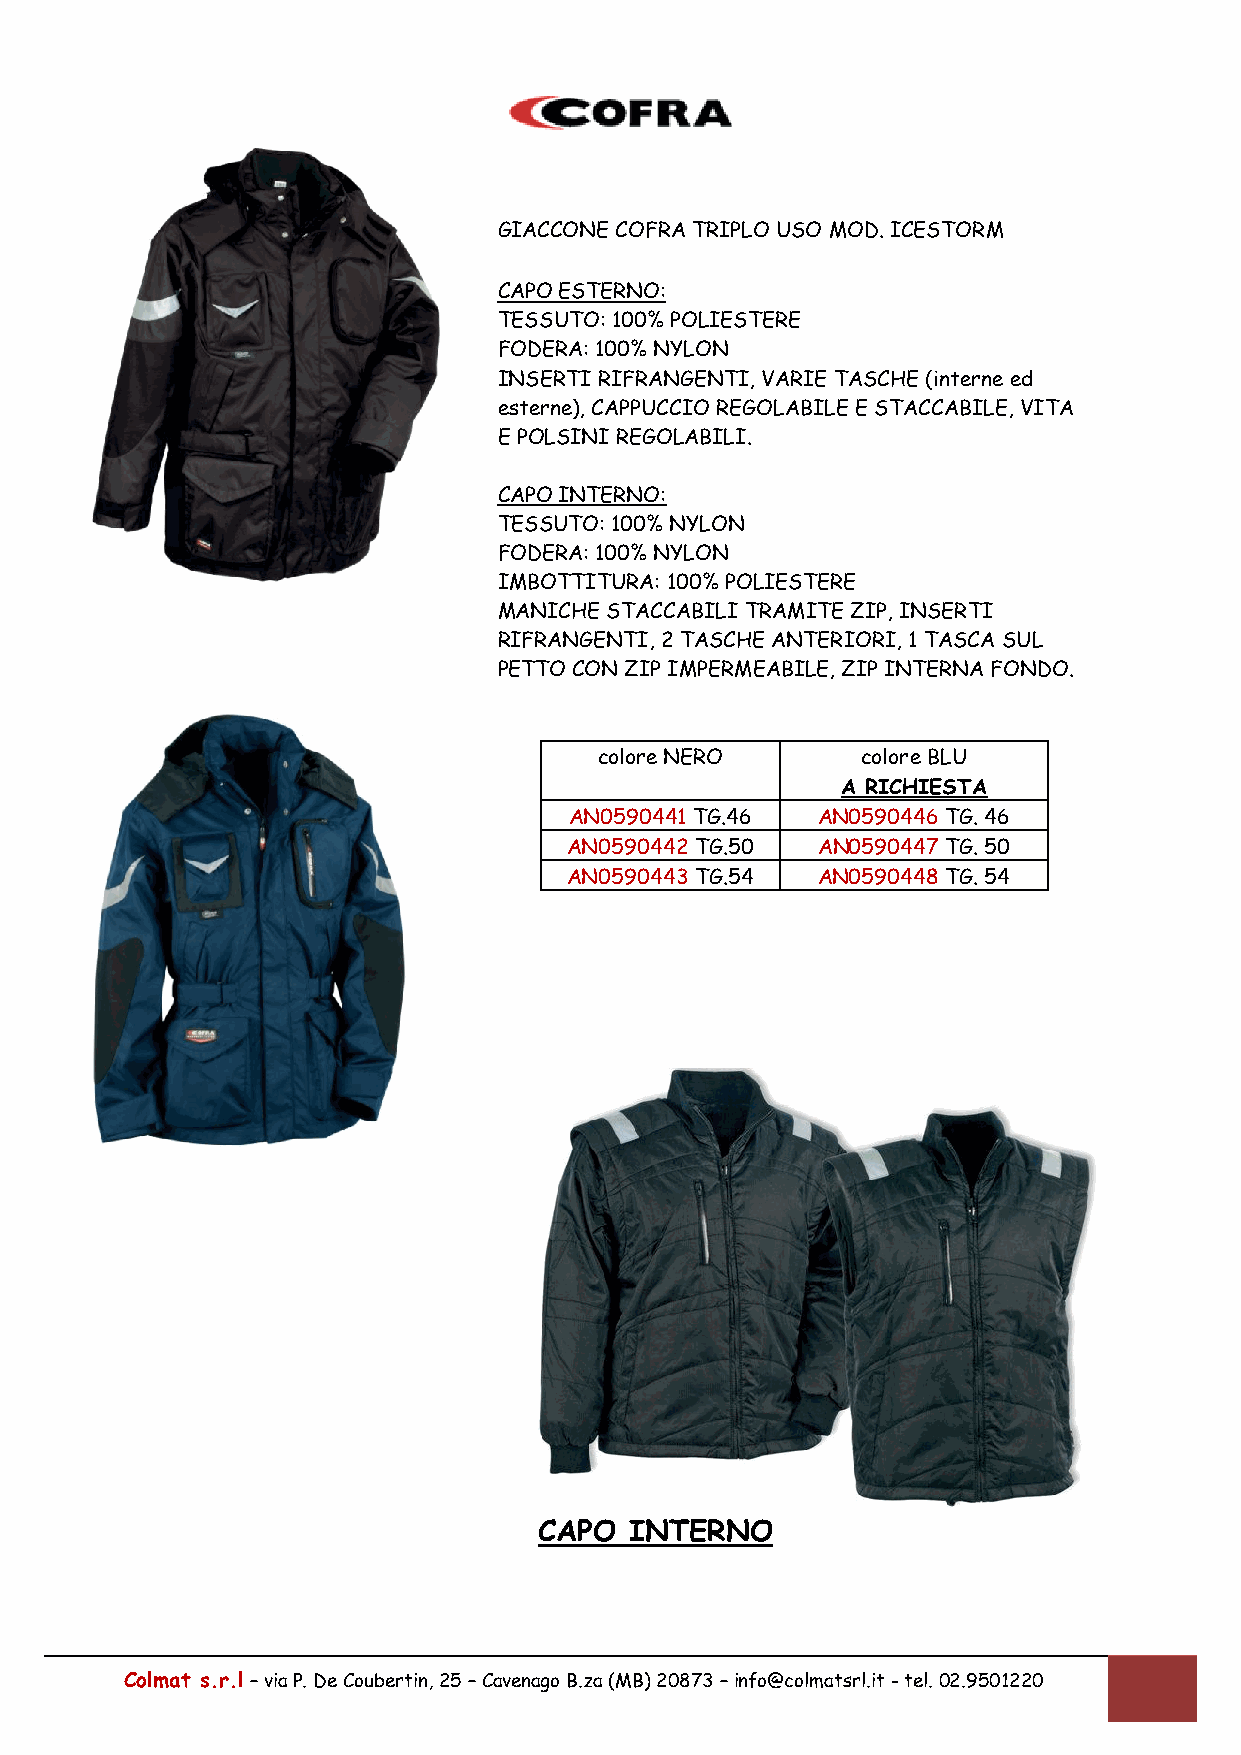
GIACCONE COFRA TRIPLO USO MOD. ICESTORM
 CAPO ESTERNO:
 TESSUTO: 100% POLIESTERE
 FODERA: 100% NYLON
 INSERTI RIFRANGENTI, VARIE TASCHE (interne ed
 esterne), CAPPUCCIO REGOLABILE E STACCABILE, VITA
 E POLSINI REGOLABILI.
 CAPO INTERNO:
 TESSUTO: 100% NYLON
 FODERA: 100% NYLON
 IMBOTTITURA: 100% POLIESTERE
 MANICHE STACCABILI TRAMITE ZIP, INSERTI
 RIFRANGENTI, 2 TASCHE ANTERIORI, 1 TASCA SUL
 PETTO CON ZIP IMPERMEABILE, ZIP INTERNA FONDO.
 colore NERO      colore BLU
 A RICHIESTA
 AN0590441 TG.46 AN0590446 TG. 46
 AN0590442 TG.50 AN0590447 TG. 50
 AN0590443 TG.54 AN0590448 TG. 54
 CAPO  INTERNO
 Colmat s.r.l – via P. De Coubertin, 25 – Cavenago B.za (MB) 20873 – info@colmatsrl.it - tel. 02.9501220